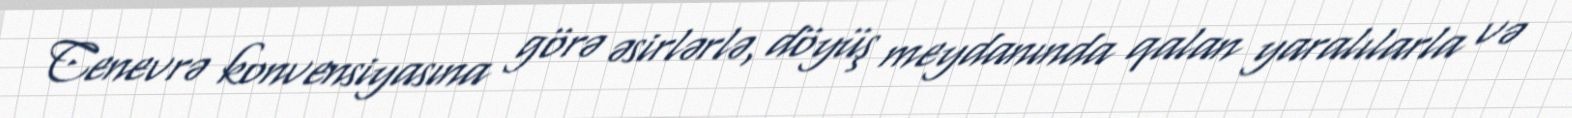
Cenevrə konvensiyasına görə əsirlərlə, döyüş meydanında qalan yaralılarla və